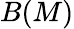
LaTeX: B(M)